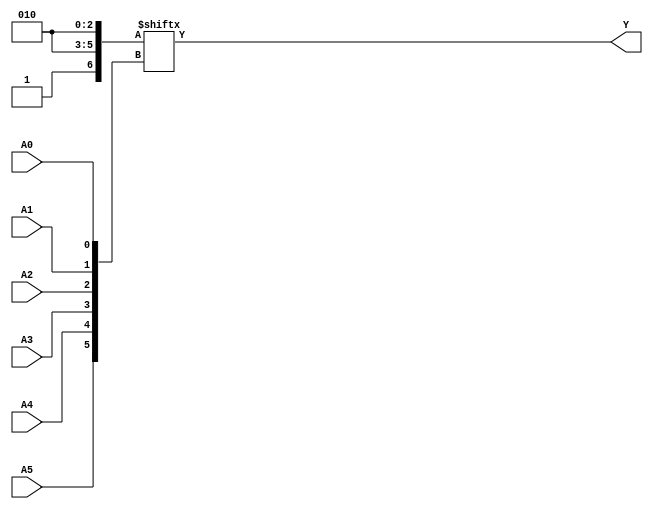
module kmap_6var (
    input wire A5,
    input wire A4,
    input wire A3,
    input wire A2,
    input wire A1,
    input wire A0,
    output wire Y
);

// Internal signal to represent the K-map output based on input combinations
wire [63:0] kmap;

// Define the K-map values for your specific problem here.
// The following example assumes a hypothetical K-map filled with 1s and 0s.
// You'll need to adjust this based on the specific Boolean function you're working with.
assign kmap[0]  = 1'b0;  // Address 0 (A5A4A3A2A1A0 = 000000)
assign kmap[1]  = 1'b1;  // Address 1 (A5A4A3A2A1A0 = 000001)
assign kmap[2]  = 1'b0;  // Address 2 (A5A4A3A2A1A0 = 000010)
// Add your own assignments here...
assign kmap[63] = 1'b1;  // Address 63 (A5A4A3A2A1A0 = 111111)

// Compute output Y based on the K-map
// Convert input variables to K-map address
wire [5:0] addr;
assign addr = {A5, A4, A3, A2, A1, A0}; // Combine inputs

// Output Y will be the value in the K-map for the given address
assign Y = kmap[addr];

endmodule